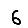
Digit: 6